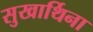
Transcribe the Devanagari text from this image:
सुखार्थिना